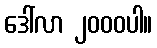
ဒေါ်လာ ၂၀၀၀ပါ။